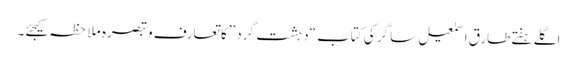
اگلے ہفتےطارق اسمٰعیل ساگر کی کتاب “دہشت گرد” کا تعارف و تبصرہ ملاحظہ کیجئے۔